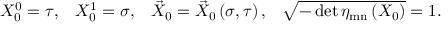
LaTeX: \begin{array} { c c c c } { { X _ { 0 } ^ { 0 } = \tau , } } & { { X _ { 0 } ^ { 1 } = \sigma , } } & { { \vec { X } _ { 0 } = \vec { X } _ { 0 } \left( \sigma , \tau \right) , } } & { { \sqrt { - \operatorname * { d e t } \eta _ { \mathrm { m n } } \left( X _ { 0 } \right) } = 1 . } } \end{array}